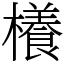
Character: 𣞼